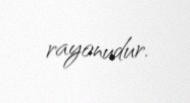
rayonudur.